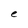
Character: e